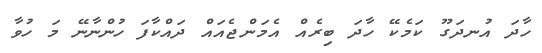
ހާދަ އުނދަގޫ ކަމެކޭ ހާދަ ބިރެއް އެމަންޖެއައް ދައްކާފަ ހުންނާނޭ މަ ހުވާ